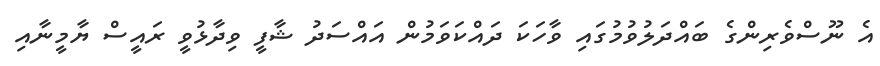
އެ ނޫސްވެރިންގެ ބައްދަލުވުމުގައި ވާހަކަ ދައްކަވަމުން އައްސަދު ޝާފީ ވިދާޅުވީ ރައީސް ޔާމީނާއި